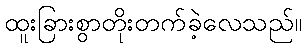
ထူးခြားစွာတိုးတက်ခဲ့လေသည်။